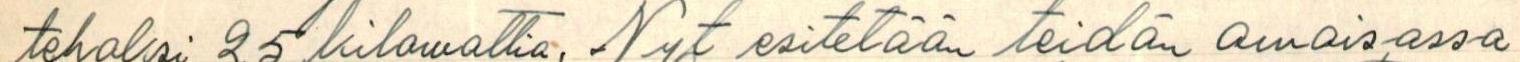
tehoksi 25 kilowattia. Nyt esitetään teidän omaisassa